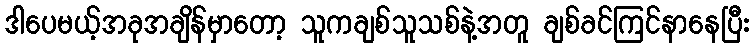
ဒါပေမယ့်အခုအချိန်မှာတော့ သူကချစ်သူသစ်နဲ့အတူ ချစ်ခင်ကြင်နာနေပြီး